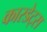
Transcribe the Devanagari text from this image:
कारडेट्स